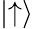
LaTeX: \left|\uparrow\right\rangle